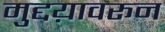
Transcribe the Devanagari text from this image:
मुद्दय़ावरून